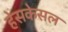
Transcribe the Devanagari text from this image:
हेसकेसल